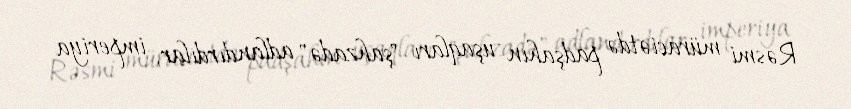
Rəsmi müraciətdə padşahın uşaqları "şahzadə" adlandırdılar, imperiya